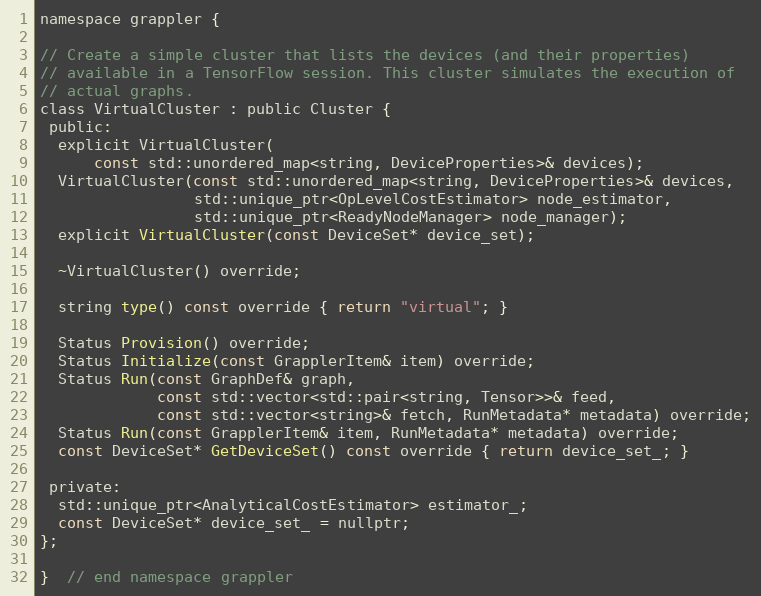
Language: C
namespace grappler {

// Create a simple cluster that lists the devices (and their properties)
// available in a TensorFlow session. This cluster simulates the execution of
// actual graphs.
class VirtualCluster : public Cluster {
 public:
  explicit VirtualCluster(
      const std::unordered_map<string, DeviceProperties>& devices);
  VirtualCluster(const std::unordered_map<string, DeviceProperties>& devices,
                 std::unique_ptr<OpLevelCostEstimator> node_estimator,
                 std::unique_ptr<ReadyNodeManager> node_manager);
  explicit VirtualCluster(const DeviceSet* device_set);

  ~VirtualCluster() override;

  string type() const override { return "virtual"; }

  Status Provision() override;
  Status Initialize(const GrapplerItem& item) override;
  Status Run(const GraphDef& graph,
             const std::vector<std::pair<string, Tensor>>& feed,
             const std::vector<string>& fetch, RunMetadata* metadata) override;
  Status Run(const GrapplerItem& item, RunMetadata* metadata) override;
  const DeviceSet* GetDeviceSet() const override { return device_set_; }

 private:
  std::unique_ptr<AnalyticalCostEstimator> estimator_;
  const DeviceSet* device_set_ = nullptr;
};

}  // end namespace grappler